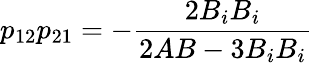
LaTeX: p_{12}p_{21}=-\frac{2B_{i}B_{i}}{2AB-3B_{i}B_{i}}